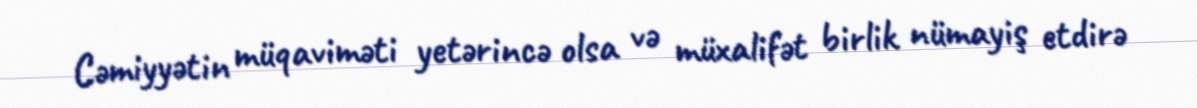
Cəmiyyətin müqaviməti yetərincə olsa və müxalifət birlik nümayiş etdirə